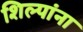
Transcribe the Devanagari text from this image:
शिल्पांना